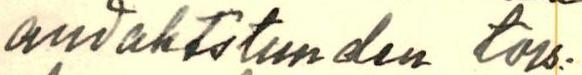
andaktstunden tors-